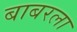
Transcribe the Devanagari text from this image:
बाबरला